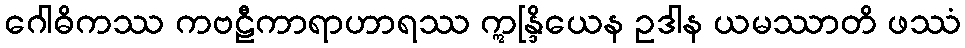
ဂေါဓိကဿ ကဗဠီကာရာဟာရဿ ဣန္ဒြိယေန ဥဒါန ယမဿာတိ ဖဿံ